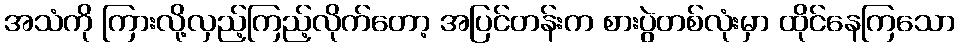
အသံကို ကြားလို့လှည့်ကြည့်လိုက်တော့ အပြင်တန်းက စားပွဲတစ်လုံးမှာ ထိုင်နေကြသော